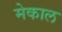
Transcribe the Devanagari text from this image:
मेकाल